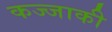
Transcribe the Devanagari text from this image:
कज्जाकी